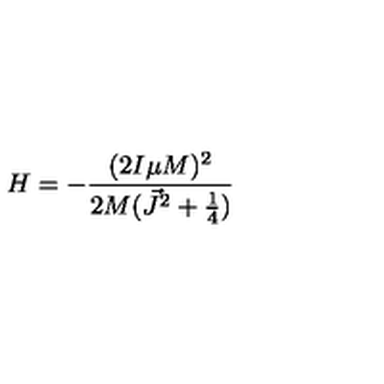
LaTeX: H = - \frac { ( 2 I \mu M ) ^ { 2 } } { 2 M ( \vec { J } ^ { 2 } + \frac { 1 } { 4 } ) }